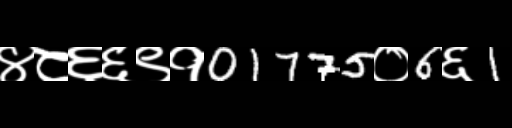
Text: ४८६६९१01775०6६1